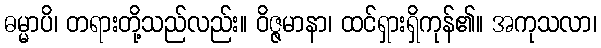
ဓမ္မာပိ၊ တရားတို့သည်လည်း။ ဝိဇ္ဇမာနာ၊ ထင်ရှားရှိကုန်၏။ အကုသလာ၊